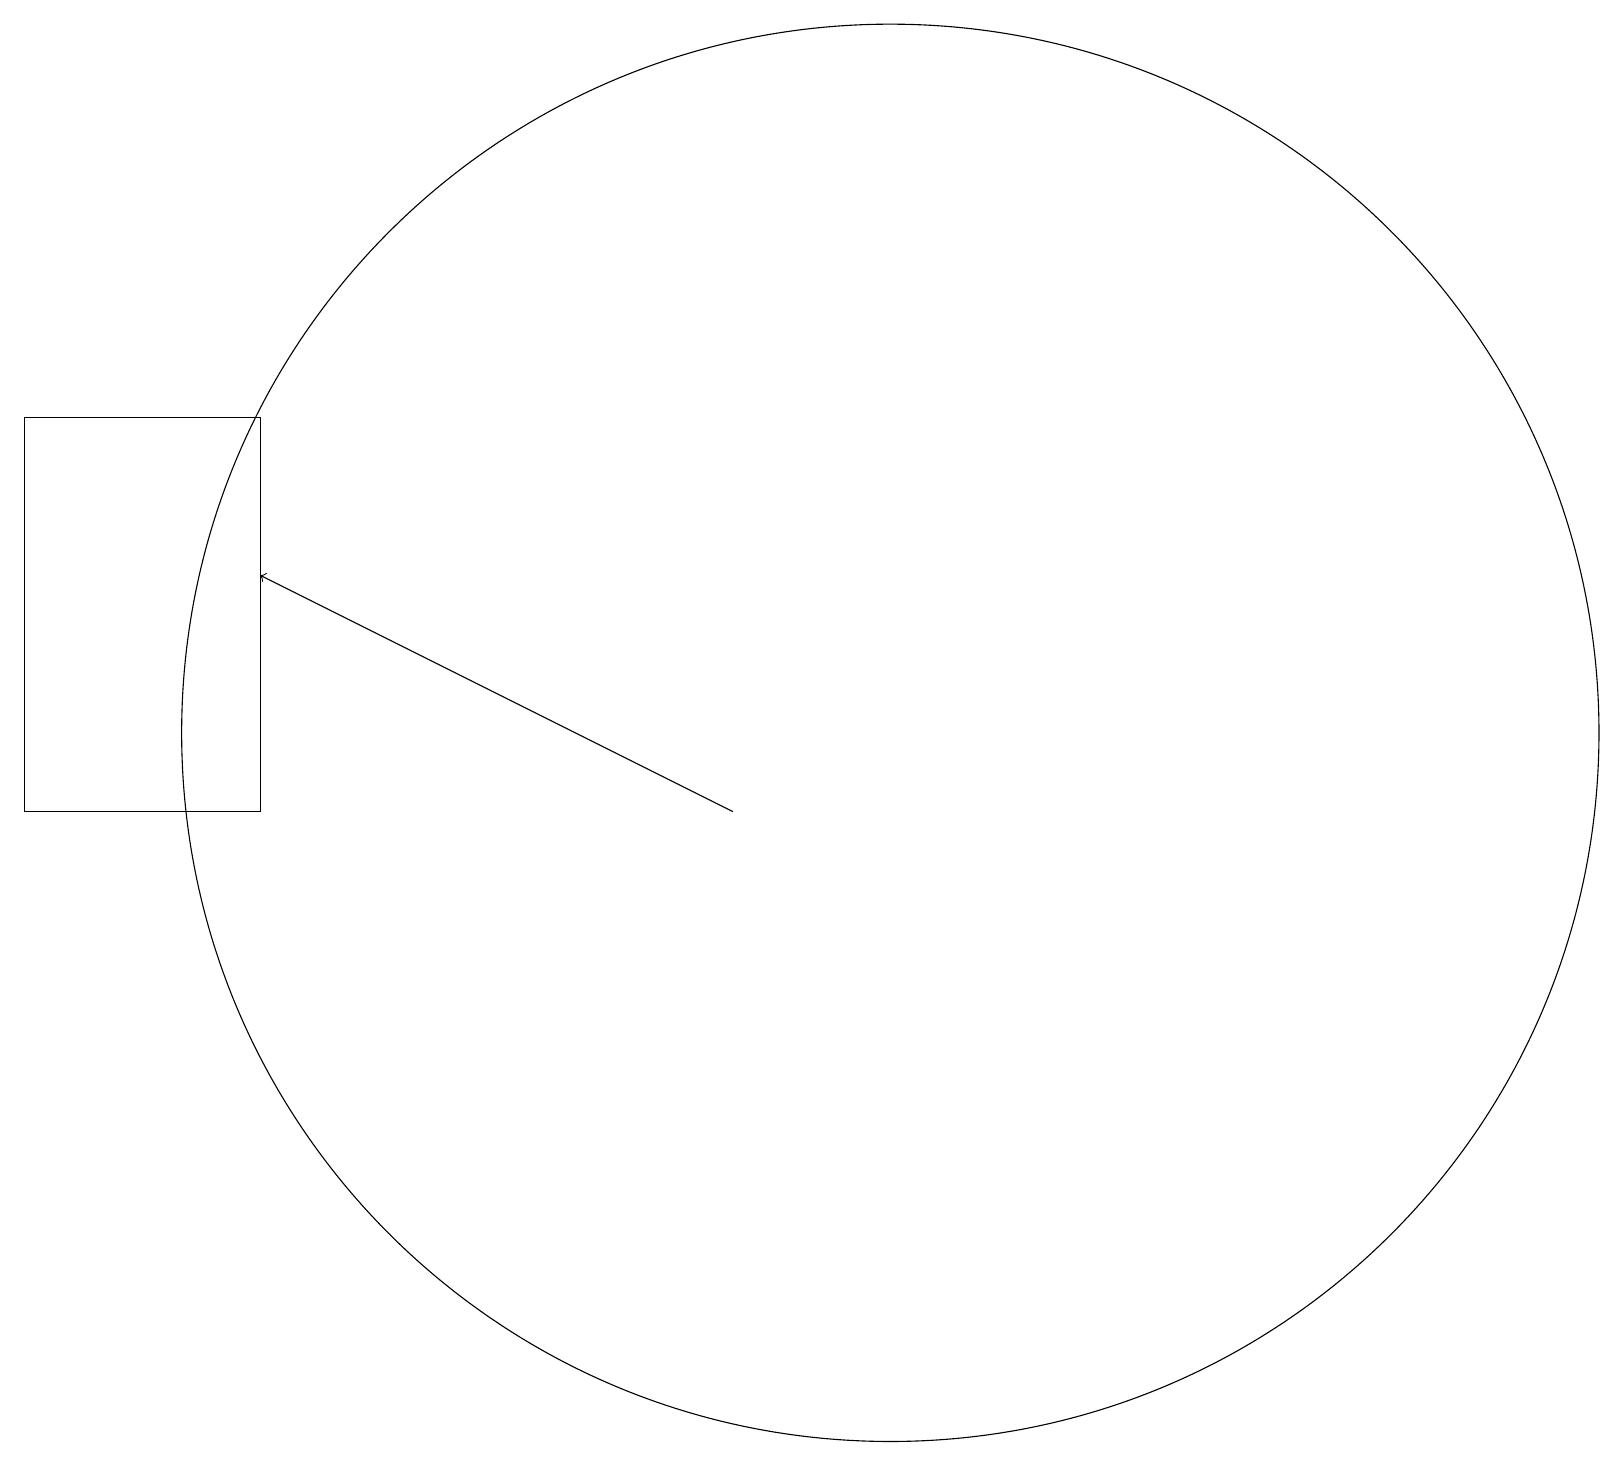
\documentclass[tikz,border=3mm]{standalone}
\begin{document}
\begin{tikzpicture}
\draw (3,10) rectangle (0,15);
\draw (11,11) circle (9);
\draw[->] (9,10) -- (3,13);
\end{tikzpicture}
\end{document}